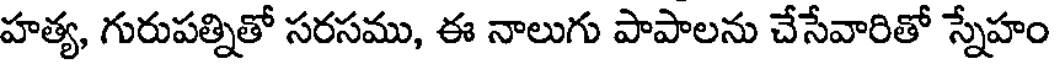
హత్య, గురుపత్నితో సరసము, ఈ నాలుగు పాపాలను చేసేవారితో స్నేహం